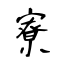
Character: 寮